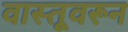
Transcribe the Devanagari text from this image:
वास्तूवरून